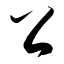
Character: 公